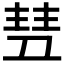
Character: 𬻥